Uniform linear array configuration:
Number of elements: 24
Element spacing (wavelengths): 0.25
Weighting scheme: kaiser
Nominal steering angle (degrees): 60
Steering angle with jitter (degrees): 60.282
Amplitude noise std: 0.05
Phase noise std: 0.05

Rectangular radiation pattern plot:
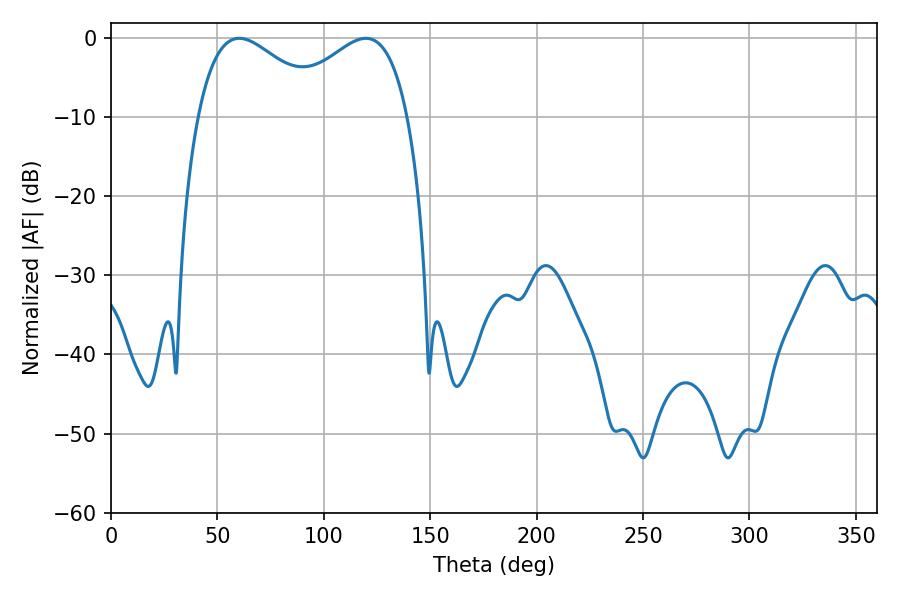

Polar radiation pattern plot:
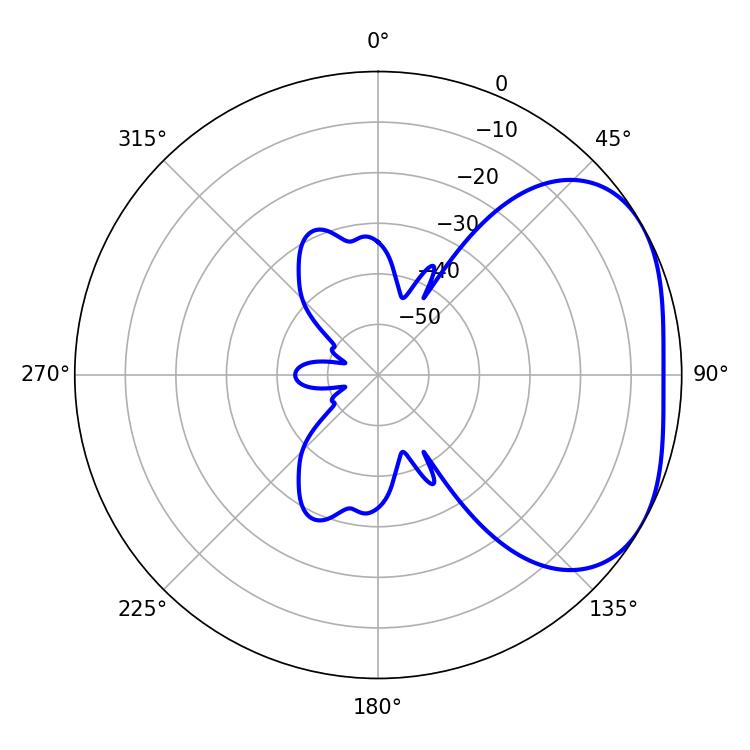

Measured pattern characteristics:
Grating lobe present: FALSE
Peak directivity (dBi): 3.022
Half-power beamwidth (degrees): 32.94
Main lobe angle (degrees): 60.3